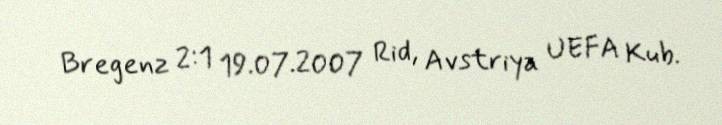
Bregenz 2:1 19.07.2007 Rid, Avstriya UEFA Kub.